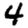
Digit: 4